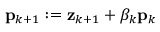
\mathbf { p } _ { k + 1 } : = \mathbf { z } _ { k + 1 } + \beta _ { k } \mathbf { p } _ { k }